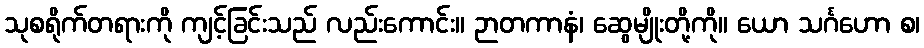
သုစရိုက်တရားကို ကျင့်ခြင်းသည် လည်းကောင်း။ ဉာတကာနံ၊ ဆွေမျိုးတို့ကို။ ယော သင်္ဂဟော စ၊